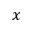
x